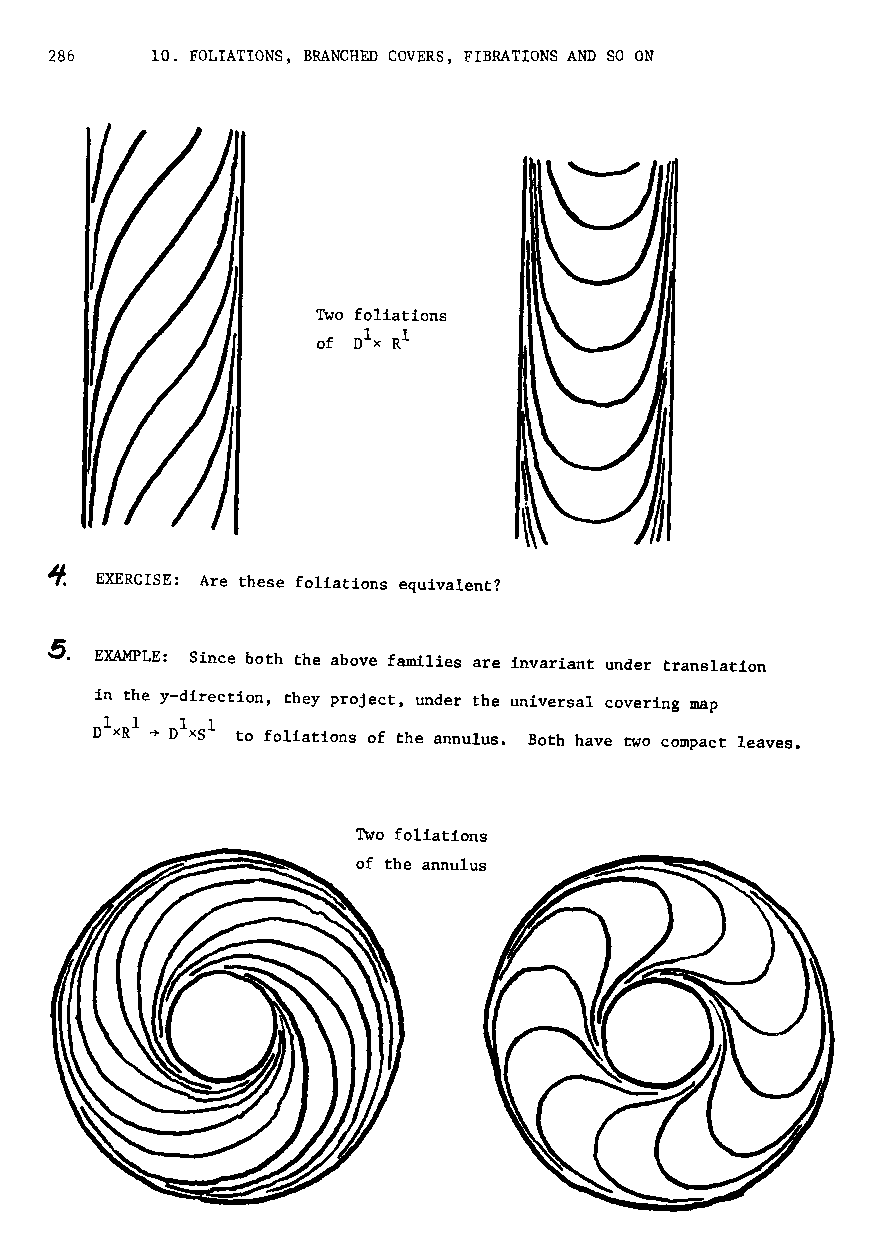
286    10. FOLIATIONS, BRANCHED COVERS, FIBRATIONS AND SO ON
 Two foliations
 of nix R1
 ~  EXERCISE: Are these foliations equivalent?
 ~. EXAMPLE: Since both the above families are invariant under translation
 in the y-direction, they project, under the universal covering map
 n1xR1 ~ n1xs1 to foliations of the annulus. Both have two compact leaves.
 Two foliations
 of the annulus